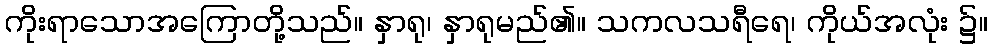
ကိုးရာသောအကြောတို့သည်။ နှာရု၊ နှာရုမည်၏။ သကလသရီရေ၊ ကိုယ်အလုံး ၌။